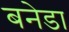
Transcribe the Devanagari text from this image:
बनेडा